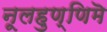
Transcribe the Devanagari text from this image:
नूलहुण्णिमॆ